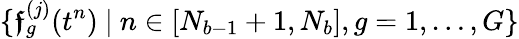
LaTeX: \{ \boldsymbol{\mathfrak{f}}_{g}^{(j)}(t^{n})\ |\ n\in[N_{b-1}+1,N_{b}],g=1,\ldots,G\}